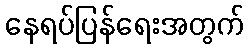
နေရပ်ပြန်ရေးအတွက်